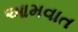
આમવાત